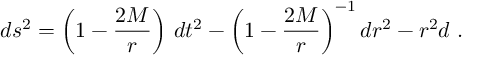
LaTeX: d s ^ { 2 } = \left( 1 - \frac { 2 M } { r } \right) \, d t ^ { 2 } - \left( 1 - \frac { 2 M } { r } \right) ^ { - 1 } d r ^ { 2 } - r ^ { 2 } d \O \ .